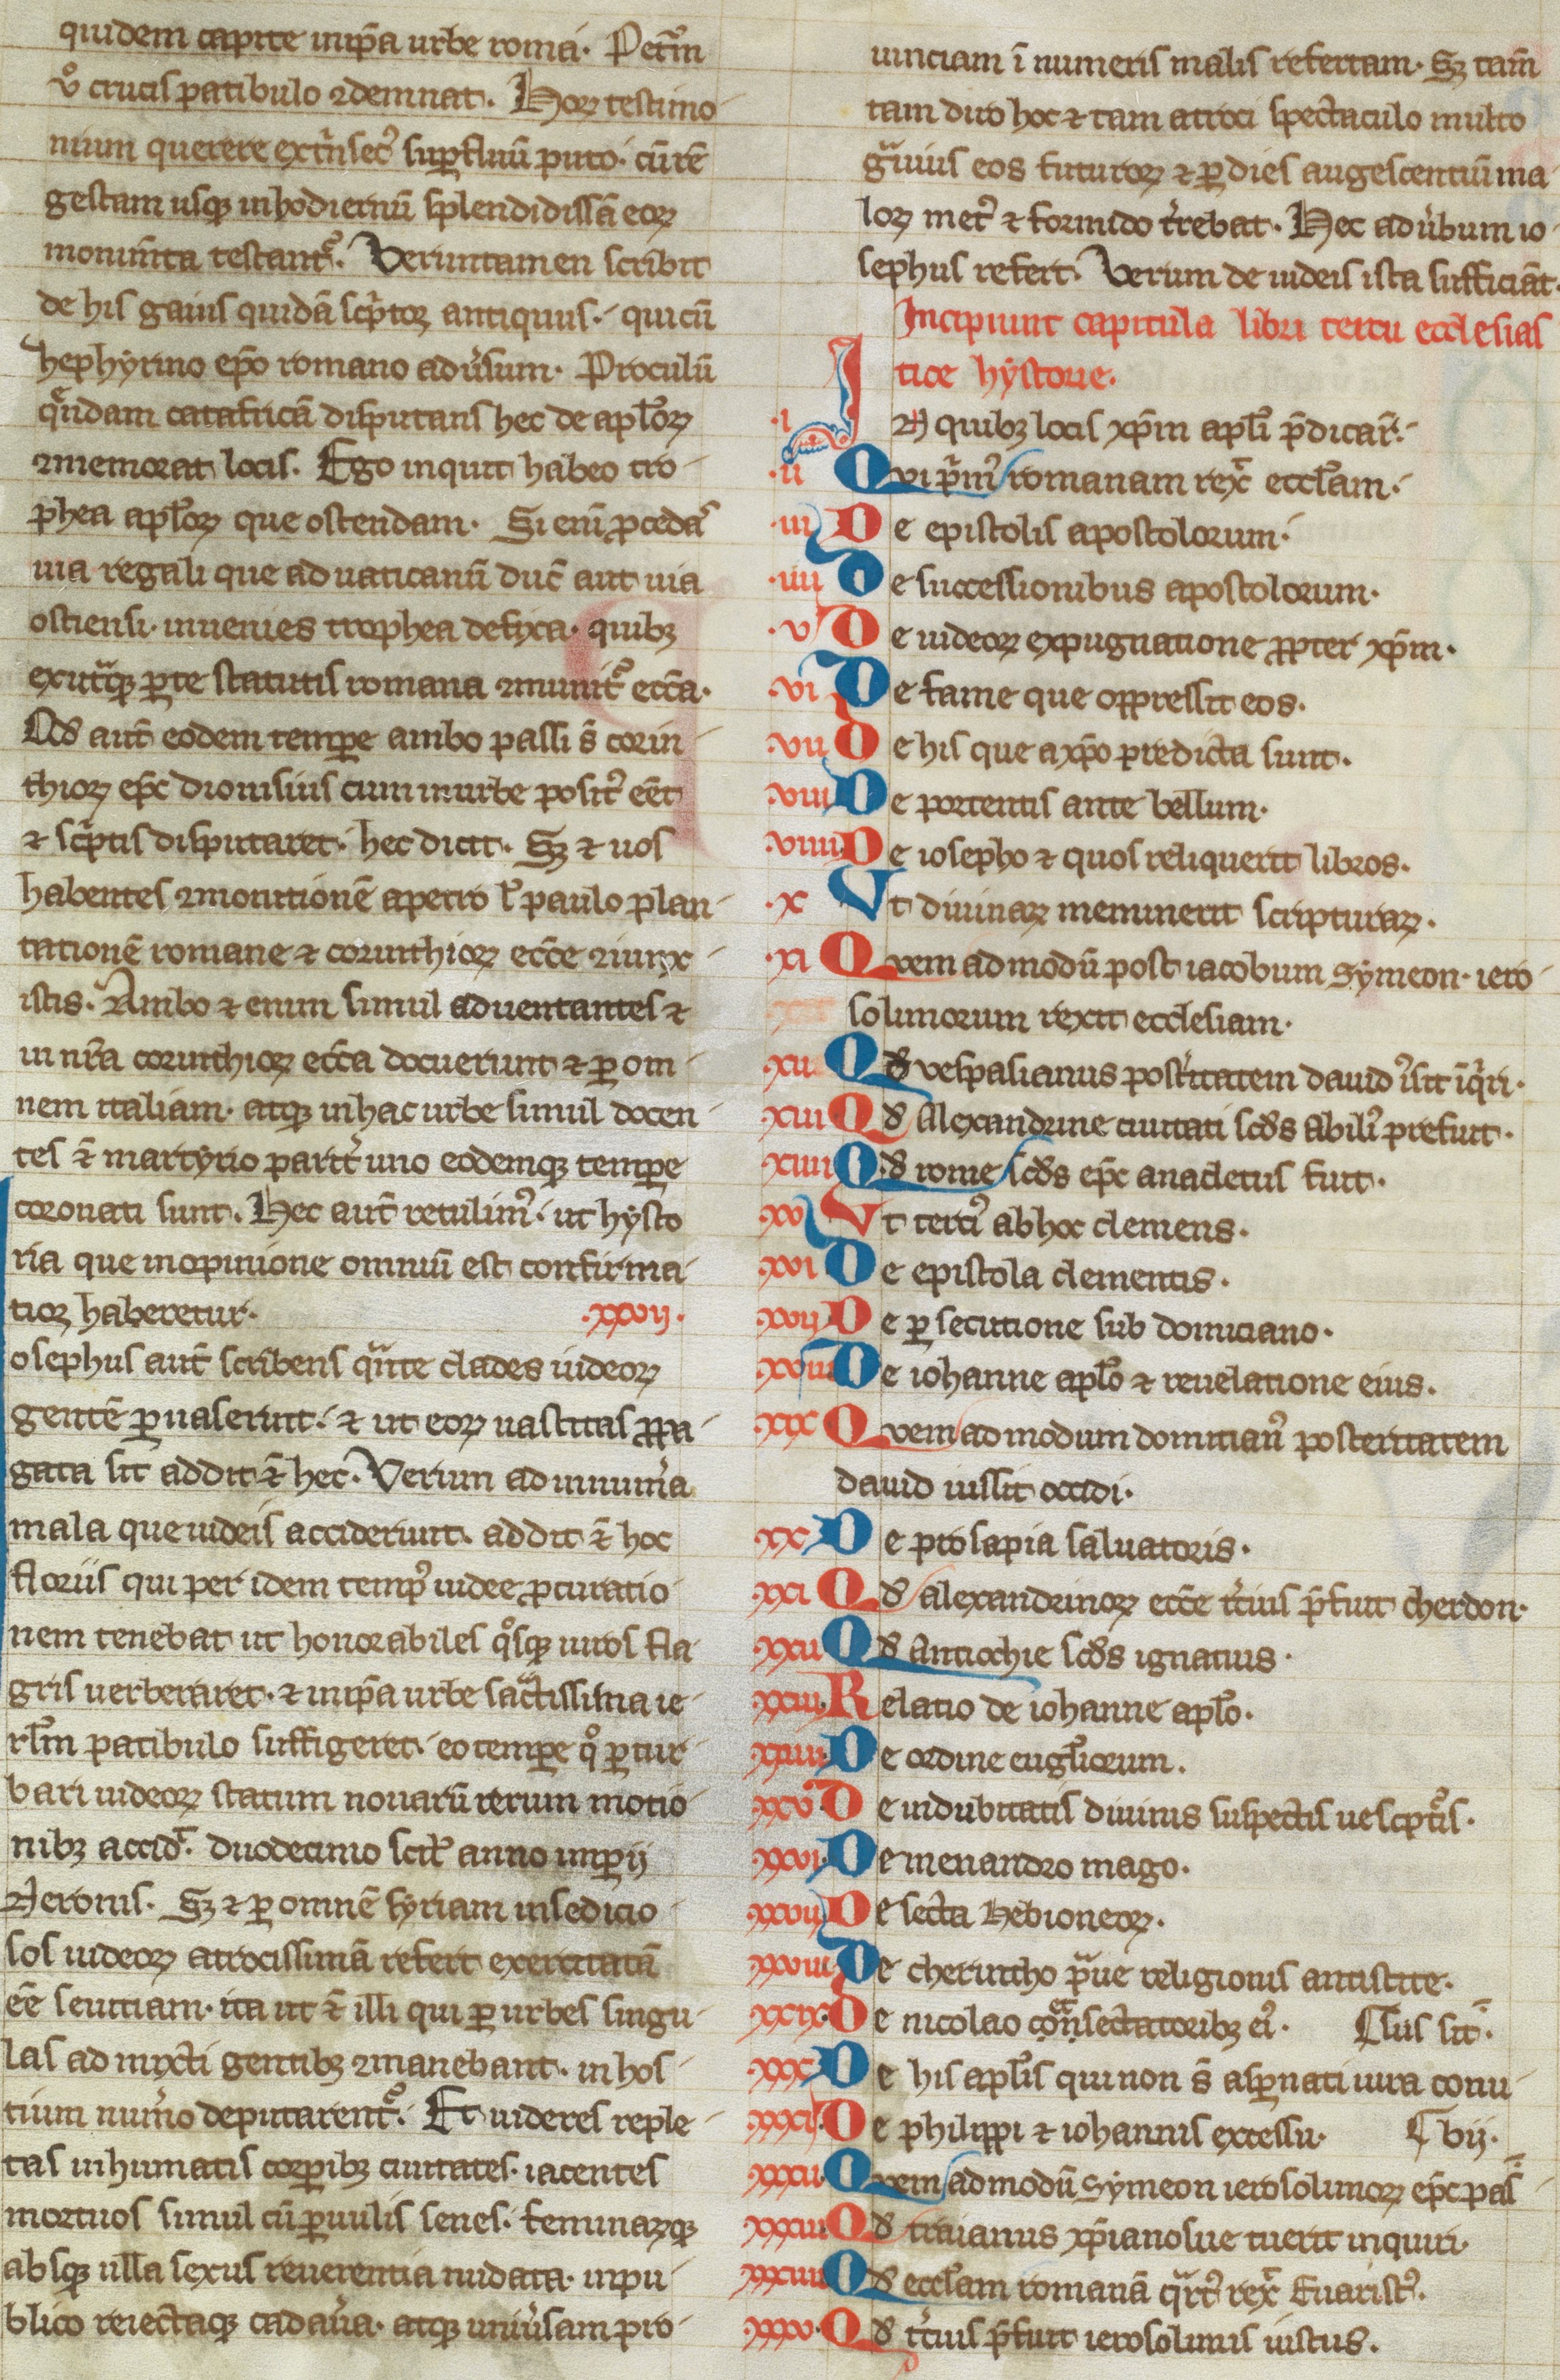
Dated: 1250–1299